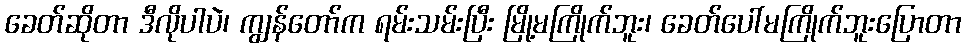
ခေတ်ဆိုတာ ဒီလိုပါပဲ၊ ကျွန်တော်က ရမ်းသမ်းပြီး မြို့မကြိုက်ဘူး၊ ခေတ်ပေါ်မကြိုက်ဘူးပြောတာ